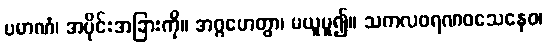
ပမာဏံ၊ အပိုင်းအခြားကို။ အဂ္ဂဟေတွာ၊ မယူမူ၍။ သကလဖရဏဝသေနေဝ၊